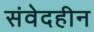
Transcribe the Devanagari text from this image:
संवेदहीन